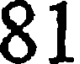
81